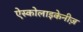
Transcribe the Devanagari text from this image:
ऐस्कोलाइकेनीज़